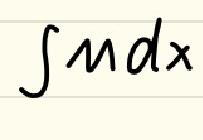
\(\int M dx\)